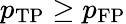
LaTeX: p_{\mathrm{TP}}\ge p_{\mathrm{FP}}